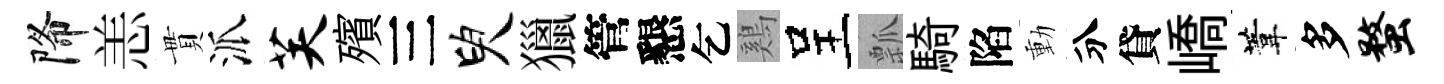
降恙貫派芙殯三臾獵管懇乞鷄呈瓢騎陷動分貸嶠葦多蝥